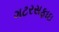
ગટરસફાઇ